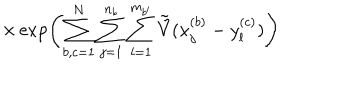
\times \exp \left( \sum _ { b , c = 1 } ^ { N } \sum _ { j = 1 } ^ { n _ { b } } \sum _ { l = 1 } ^ { m _ { b ^ { \prime } } } \tilde { \tilde { V } } ( x _ { j } ^ { ( b ) } - y _ { l } ^ { ( c ) } ) \right)